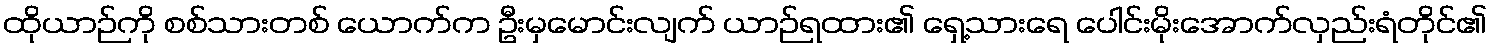
ထိုယာဉ်ကို စစ်သားတစ် ယောက်က ဦးမှမောင်းလျက် ယာဉ်ရထား၏ ရှေ့သားရေ ပေါင်းမိုးအောက်လှည်းရံတိုင်၏